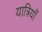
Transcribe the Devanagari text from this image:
यात्रियाँ